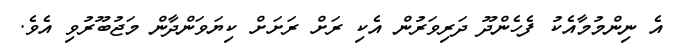
އެ ނިންމުމާއެކު ފެހެންދޫ ދަރިވަރުން އެކި ރަށް ރަށަށް ކިޔަވަންދާން މަޖުބޫރުވި އެވެ.